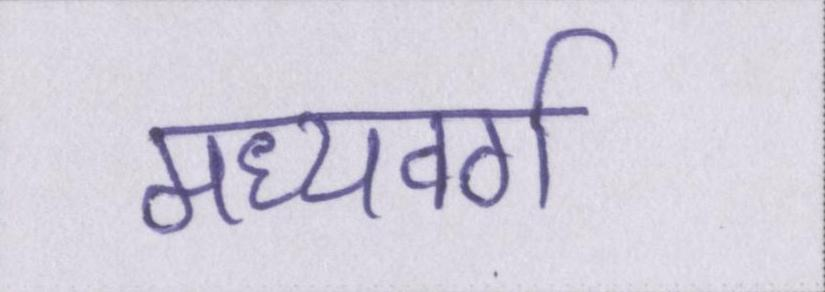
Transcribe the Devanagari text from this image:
मध्यवर्ग